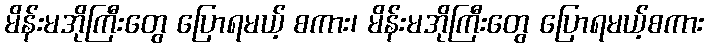
မိန်းမအိုကြီးတွေ ပြောရမယ့် စကား၊ မိန်းမအိုကြီးတွေ ပြောရမယ့်စကား